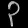
Digit: ၃